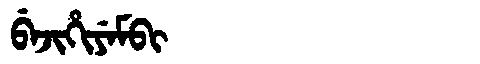
Manchu: ᠪᡝᠵᡳᡥᡳᠶᡝᠮᠪᡳ
Romanization: BEJIHIYEMBI